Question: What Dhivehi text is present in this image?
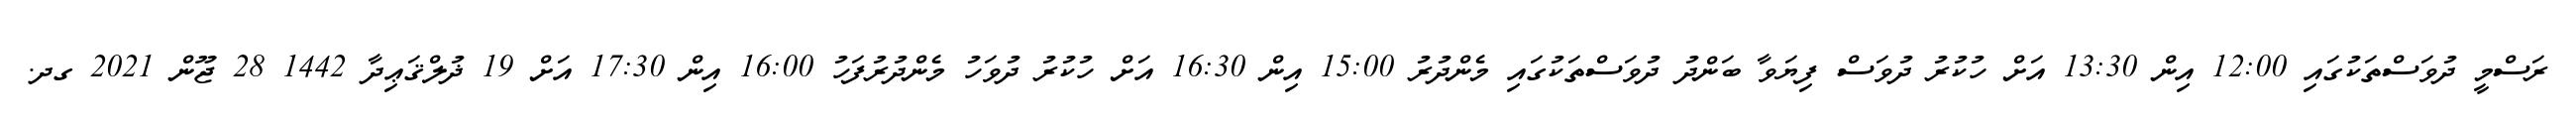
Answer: ރަސްމީ ދުވަސްތަކުގައި 12:00 އިން 13:30 އަށް ހުކުރު ދުވަސް ފިޔަވާ ބަންދު ދުވަސްތަކުގައި މެންދުރު 15:00 އިން 16:30 އަށް ހުކުރު ދުވަހު މެންދުރުފަހު 16:00 އިން 17:30 އަށް 19 ޛުލްޤަޢިދާ 1442 28 ޖޫން 2021 ގދ.